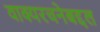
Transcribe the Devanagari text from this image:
वाक्यरचनेबद्दल